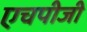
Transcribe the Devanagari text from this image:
एचपीजी